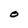
Character: O